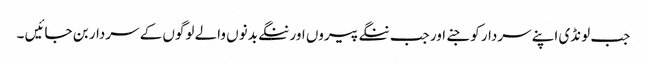
جب لونڈی اپنے سردار کو جنے اور جب ننگے پیروں اور ننگے بدنوں والے لوگوں کے سردار بن جائیں ۔